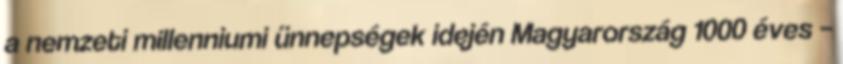
a nemzeti millenniumi ünnepségek idején Magyarország 1000 éves –